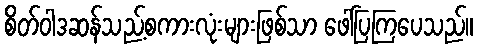
စိတ်ဝါဒဆန်သည့်စကားလုံးများဖြစ်သာ ဖေါ်ပြကြပေသည်။